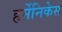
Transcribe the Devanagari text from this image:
हर्मेनिकेस